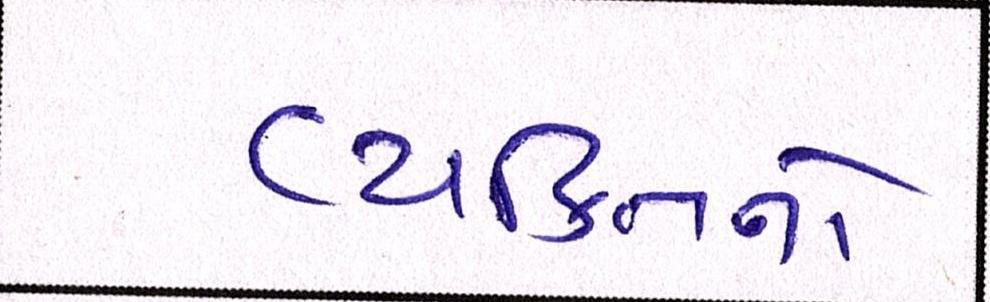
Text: વ્યક્તિનો